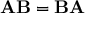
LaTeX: \mathbf { A } \mathbf { B } = \mathbf { B } \mathbf { A }